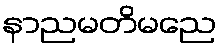
နာညမတိမညေ